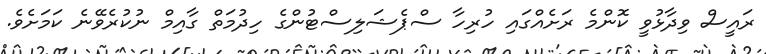
ރައީސް ވިދާޅުވީ ކޮންމެ ރަށެއްގައި ހުރިހާ ސްޕެޝަލިސްޓުންގެ ހިދުމަތް ގާއިމް ނުކުރެވޭނެ ކަމަށެވެ.